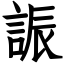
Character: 誫